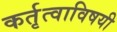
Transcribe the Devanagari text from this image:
कर्तृत्वाविषयी